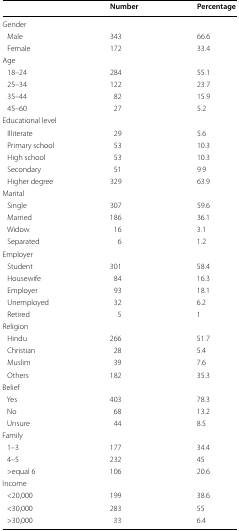
|  | Number | Percentage |
 | --- | --- | --- |
 | <COLSPAN=3> Gender |
 | Male | 343 | 66.6 |
 | Female | 172 | 33.4 |
 | Age |  |  |
 | 18–24 | 284 | 55.1 |
 | 25–34 | 122 | 23.7 |
 | 35–44 | 82 | 15.9 |
 | 45–60 | 27 | 5.2 |
 | <COLSPAN=3> Educational level |
 | Illiterate | 29 | 5.6 |
 | Primary school | 53 | 10.3 |
 | High school | 53 | 10.3 |
 | Secondary | 51 | 9.9 |
 | Higher degree | 329 | 63.9 |
 | <COLSPAN=3> Marital |
 | Single | 307 | 59.6 |
 | Married | 186 | 36.1 |
 | Widow | 16 | 3.1 |
 | Separated | 6 | 1.2 |
 | <COLSPAN=3> Employer |
 | Student | 301 | 58.4 |
 | Housewife | 84 | 16.3 |
 | Employer | 93 | 18.1 |
 | Unemployed | 32 | 6.2 |
 | Retired | 5 | 1 |
 | <COLSPAN=3> Religion |
 | Hindu | 266 | 51.7 |
 | Christian | 28 | 5.4 |
 | Muslim | 39 | 7.6 |
 | Others | 182 | 35.3 |
 | <COLSPAN=3> Belief |
 | Yes | 403 | 78.3 |
 | No | 68 | 13.2 |
 | Unsure | 44 | 8.5 |
 | <COLSPAN=3> Family |
 | 1–3 | 177 | 34.4 |
 | 4–5 | 232 | 45 |
 | >equal 6 | 106 | 20.6 |
 | <COLSPAN=3> Income |
 | <20,000 | 199 | 38.6 |
 | <30,000 | 283 | 55 |
 | >30,000 | 33 | 6.4 |